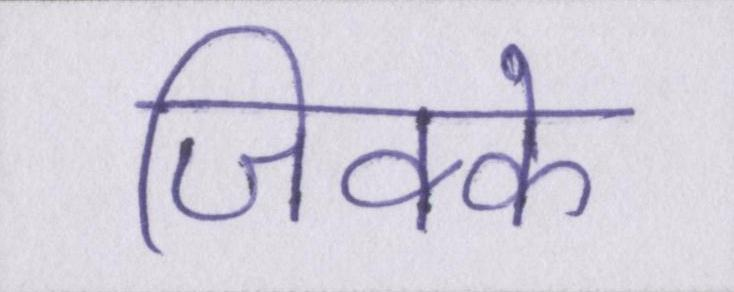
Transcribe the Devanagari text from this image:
जिक्के